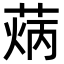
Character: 𦳼